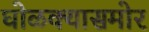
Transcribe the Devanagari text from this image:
घोळक्यासमोर